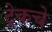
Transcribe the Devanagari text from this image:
ट्रेकचे